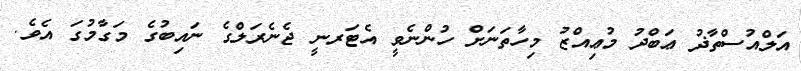
އަލްއުސްތާޛު ޢަބްދު މުޢިއްޒު މިހާތަނަށް ހުންނެވީ އެޓަރނީ ޖެނެރަލްގެ ނައިބުގެ މަގާމުގަ އެވެ.